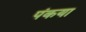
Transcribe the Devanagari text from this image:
पंकया